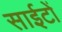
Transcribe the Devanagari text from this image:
साईटों